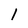
Character: 1